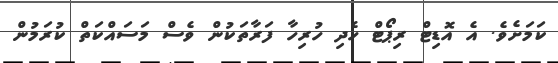
ކަމަށެވެ. އެ އޮޑިޓް ރިޕޯޓް ހެދި ހުރިހާ ފަރާތަކުން ވެސް މަސައްކަތް ކުރަމުން